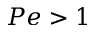
P e > 1